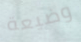
وضيعة